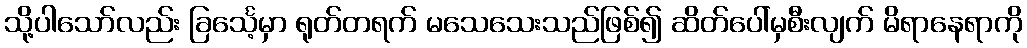
သို့ပါသော်လည်း ခြင်္သေ့မှာ ရုတ်တရက် မသေသေးသည်ဖြစ်၍ ဆိတ်ပေါ်မှစီးလျက် မိရာနေရာကို